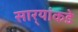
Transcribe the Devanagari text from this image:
सार्‍यांकडे